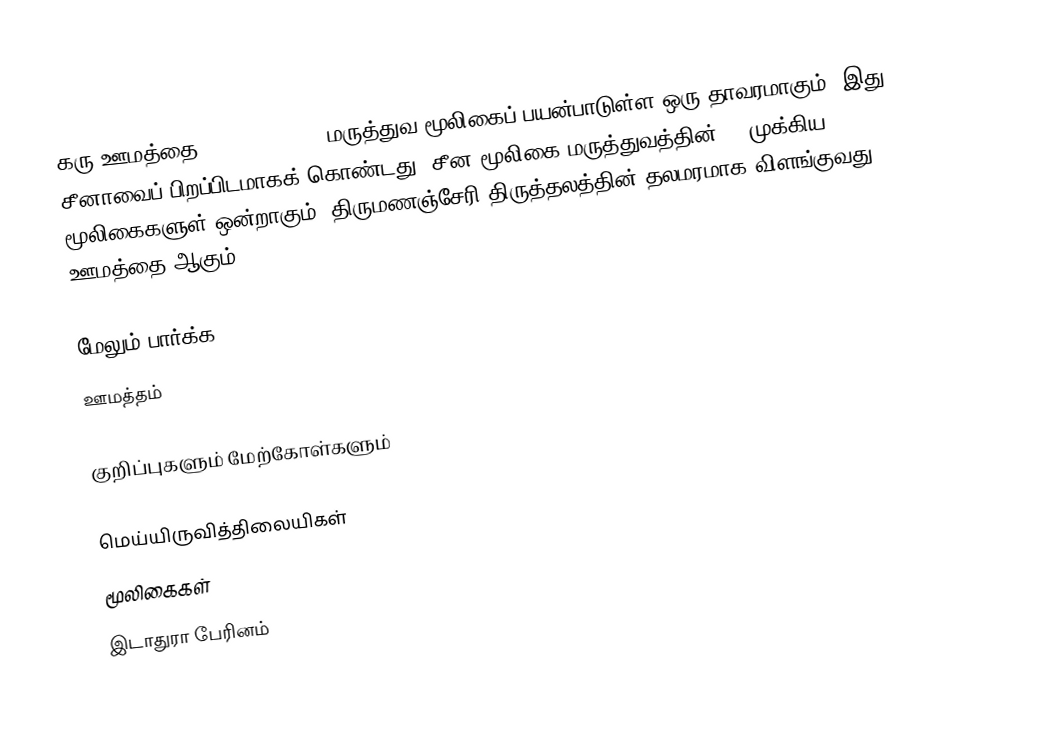
கரு ஊமத்தை (Datura metel) மருத்துவ மூலிகைப் பயன்பாடுள்ள ஒரு தாவரமாகும். இது சீனாவைப் பிறப்பிடமாகக் கொண்டது. சீன மூலிகை மருத்துவத்தின் 50 முக்கிய மூலிகைகளுள் ஒன்றாகும். திருமணஞ்சேரி திருத்தலத்தின் தலமரமாக விளங்குவது ஊமத்தை ஆகும்.

மேலும் பார்க்க
ஊமத்தம்

குறிப்புகளும் மேற்கோள்களும்

மெய்யிருவித்திலையிகள்
மூலிகைகள்
இடாதுரா பேரினம்